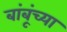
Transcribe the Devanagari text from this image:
बांबूंच्या